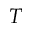
T